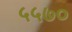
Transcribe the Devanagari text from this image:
५५७०